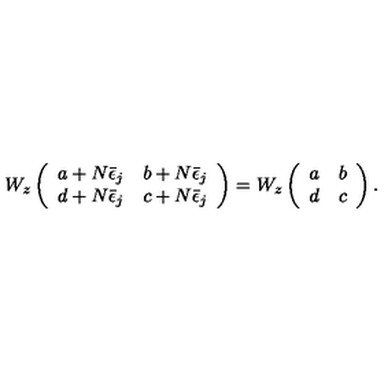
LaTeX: W _ { z } \left( \begin{array} { c c } { a + N \bar { \epsilon } _ { j } } & { b + N \bar { \epsilon } _ { j } } \\ { d + N \bar { \epsilon } _ { j } } & { c + N \bar { \epsilon } _ { j } } \\ \end{array} \right) = W _ { z } \left( \begin{array} { c c } { a } & { b } \\ { d } & { c } \\ \end{array} \right) .